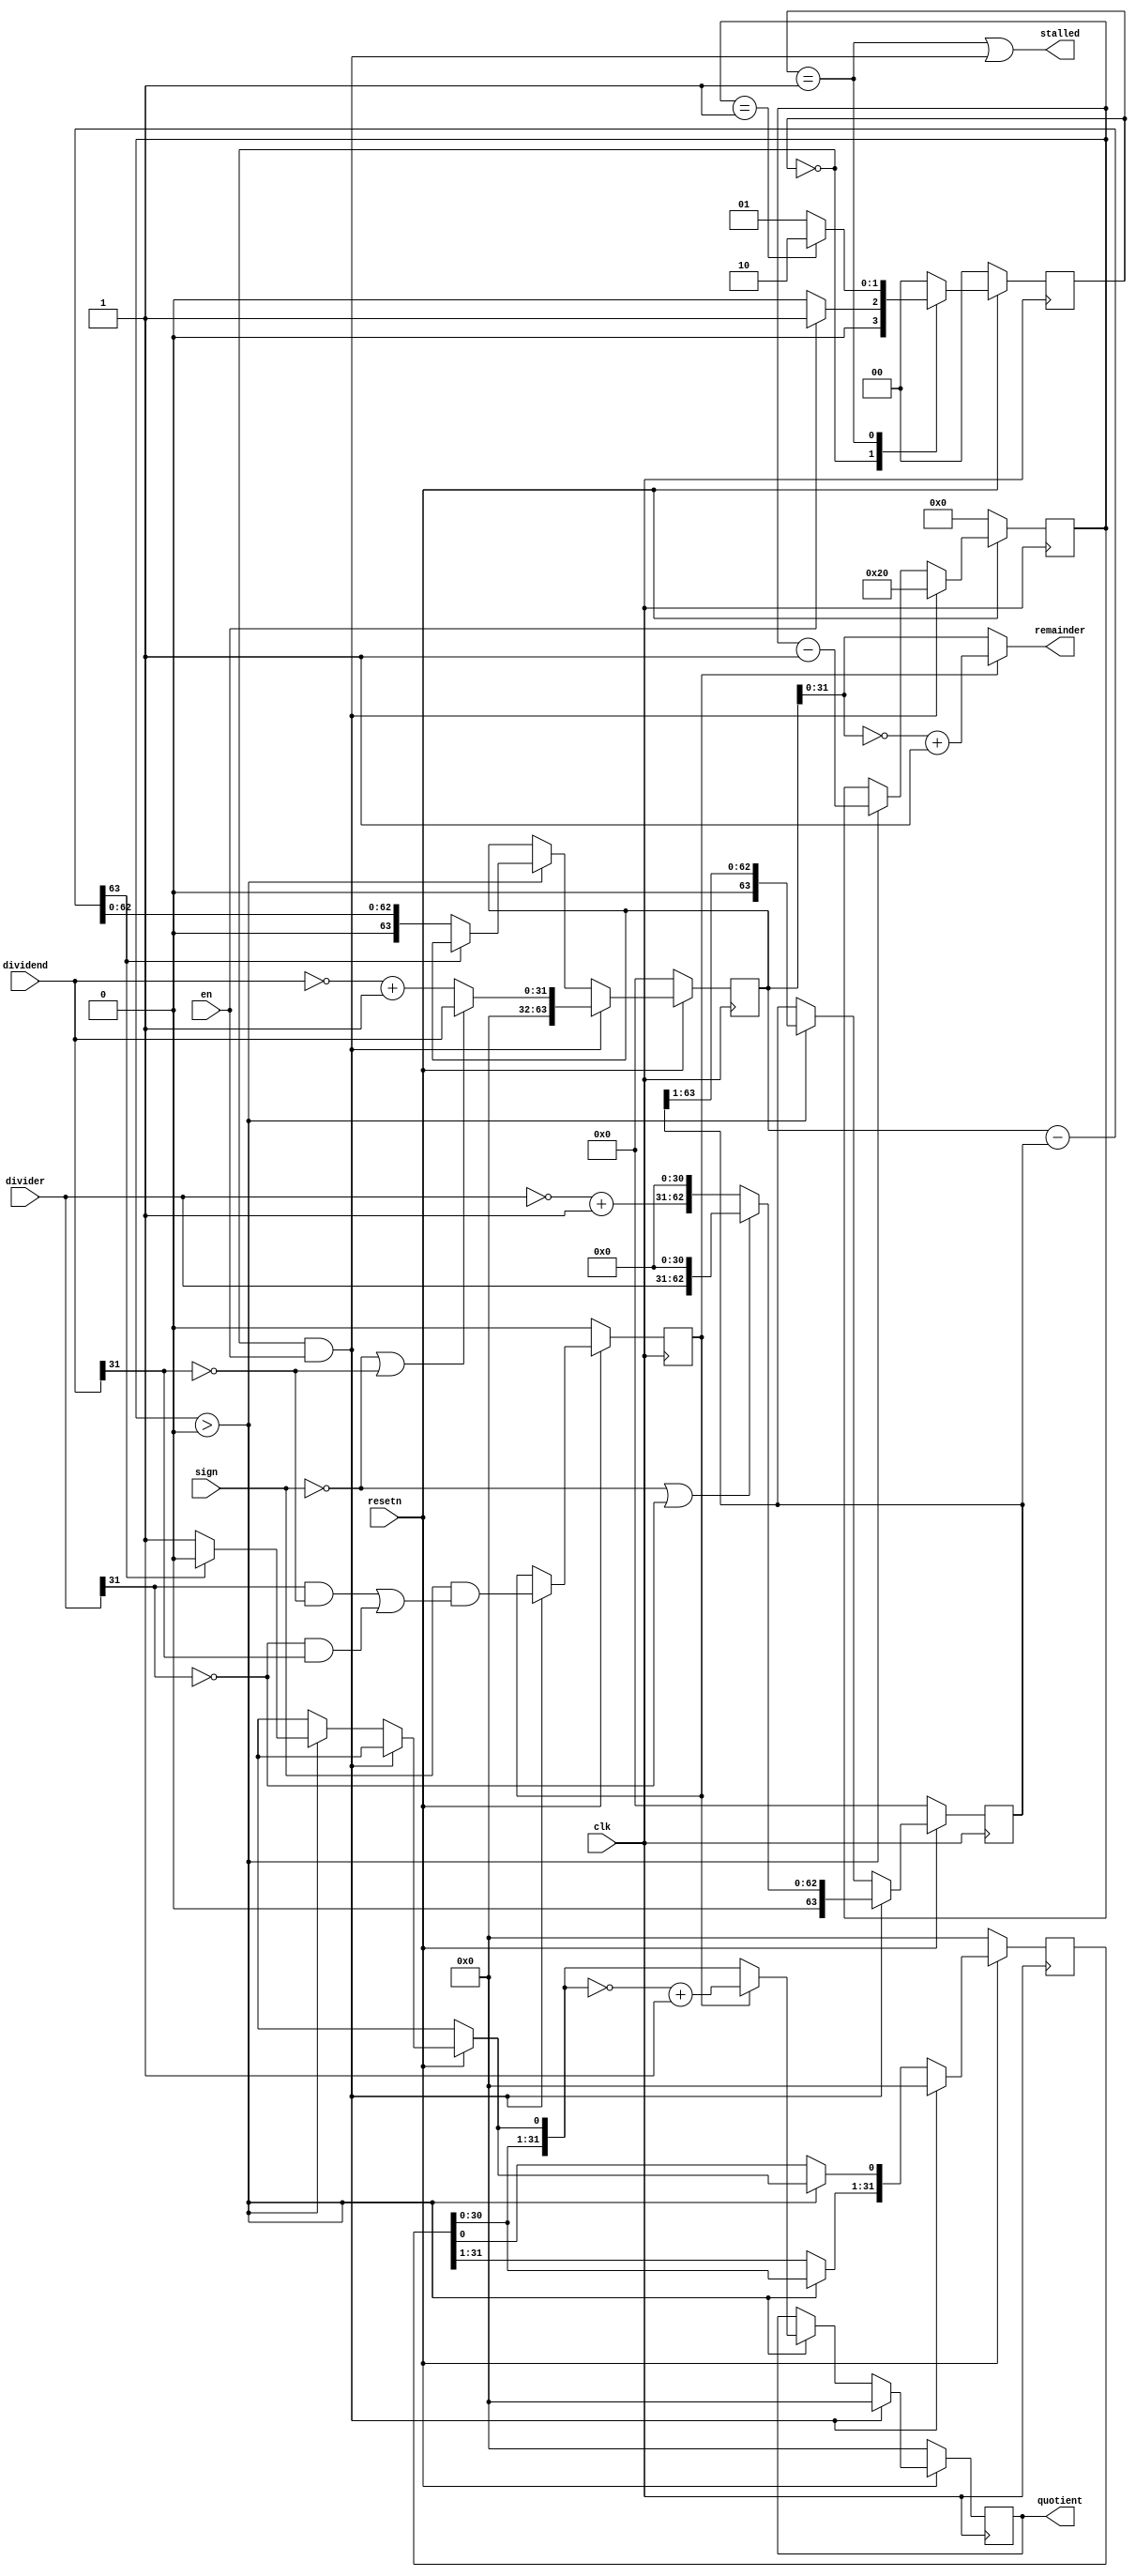


module div(en,resetn,stalled,quotient,remainder,dividend,divider,sign,clk);

   input         clk;
   input         resetn;
   input         sign;
   input         en;
   input [31:0]  dividend, divider;
   output [31:0] quotient, remainder;
   output        stalled;

   reg [31:0]    quotient, quotient_temp;
   reg [63:0]    dividend_copy, divider_copy, diff;
   reg           negative_output;
   
   wire [31:0]   remainder = (!negative_output) ? 
                             dividend_copy[31:0] : 
                             ~dividend_copy[31:0] + 1'b1;

   reg [5:0]     bits; 

   parameter IDLE=2'b00,
             DIVIDING=2'b01,
             DONE=2'b10;

   reg [1:0] state;

   always@(posedge clk)
     if (!resetn)
       state<=0;
     else
       case(state)
        IDLE: state<=(en) ? DIVIDING : IDLE;
        DIVIDING: state<=(bits==5'd1) ? DONE : DIVIDING;
        DONE: state<= IDLE;
        default: state<=0;
       endcase

   assign stalled = (state==DIVIDING) || (state==IDLE && en);
   //assign stalled = (bits==0 && en) || (|bits);

   always @( posedge clk ) 
     if (!resetn)
     begin

        bits = 0;
        quotient = 0;
        quotient_temp = 0;
        dividend_copy = 0;
        divider_copy = 0;
        negative_output =0;
        diff=0;

     end
     else if( en && state==IDLE) begin

        bits = 6'd32;
        quotient = 0;
        quotient_temp = 0;
        dividend_copy = (!sign || !dividend[31]) ? 
                        {32'd0,dividend} : 
                        {32'd0,~dividend + 1'b1};
        divider_copy = (!sign || !divider[31]) ? 
                       {1'b0,divider,31'd0} : 
                       {1'b0,~divider + 1'b1,31'd0};

        negative_output = sign &&
                          ((divider[31] && !dividend[31]) 
                        ||(!divider[31] && dividend[31]));
        
     end 
     else if ( bits > 0 ) begin

        diff = dividend_copy - divider_copy;

        quotient_temp = quotient_temp << 1;

        if( !diff[63] ) begin

           dividend_copy = diff;
           quotient_temp[0] = 1'd1;

        end

        quotient = (!negative_output) ? 
                   quotient_temp : 
                   ~quotient_temp + 1'b1;

        divider_copy = divider_copy >> 1;
        bits = bits - 1'b1;

     end
endmodule